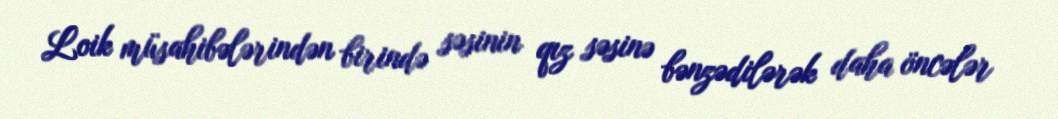
Loik müsahibələrindən birində səsinin qız səsinə bənzədilərək daha öncələr